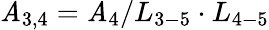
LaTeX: {\mathit{A}_{3,4}}={\mathit{A}_{4}}/{L_{3-5}}\cdot{L_{4-5}}